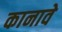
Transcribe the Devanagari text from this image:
कानावे